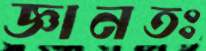
জ্ঞানতঃ